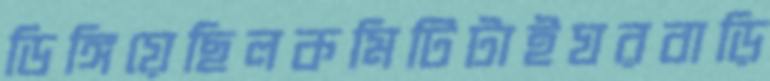
ডিঙ্গিয়েছিলকমিটিটাইঘরবাড়ি